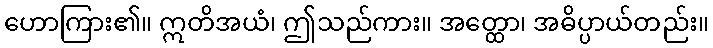
ဟောကြား၏။ ဣတိအယံ၊ ဤသည်ကား။ အတ္ထော၊ အဓိပ္ပာယ်တည်း။